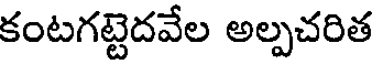
కంటగట్టెదవేల అల్పచరిత